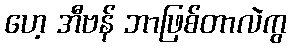
ဟေ့ အီဗန် ဘာဖြစ်တာလဲကွ